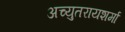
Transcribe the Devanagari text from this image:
अच्युतरायशर्मा